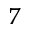
^ { 7 }